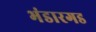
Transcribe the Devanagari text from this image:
भंडारगड